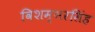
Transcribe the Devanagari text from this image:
विशम्भरसिंह